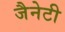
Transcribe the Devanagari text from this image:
जैनेटी